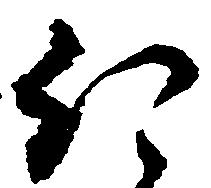
ほ